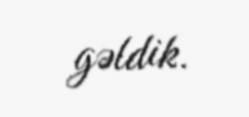
gəldik.